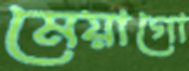
মেয়াগো